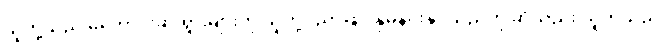
သူတို့သည် မကောင်းဆိုးရွားများကို သူတို့ပညာဖြင့် နှိမ်နင်းနိုင်သည်ဟု ဆိုသည်း သူတို့သည်